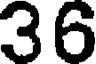
36